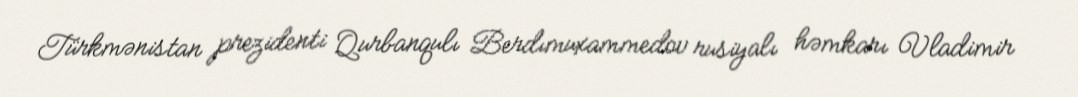
Türkmənistan prezidenti Qurbanqulı Berdımuxammedov rusiyalı həmkarı Vladimir